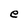
Character: e